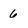
Character: 6